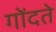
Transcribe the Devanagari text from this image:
गोंदते